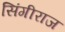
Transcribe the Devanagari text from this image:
सिंगीराज